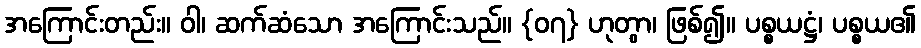
အကြောင်းတည်း။ ဝါ၊ ဆက်ဆံသော အကြောင်းသည်။ {၀၇} ဟုတွာ၊ ဖြစ်၍။ ပစ္စယဋ္ဌံ၊ ပစ္စယ၏